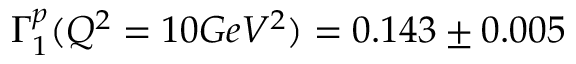
\Gamma _ { 1 } ^ { p } ( Q ^ { 2 } = 1 0 G e V ^ { 2 } ) = 0 . 1 4 3 \pm 0 . 0 0 5